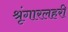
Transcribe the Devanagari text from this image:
श्रृंगारलहरी